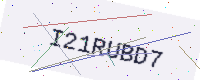
Text: I21RUBD7